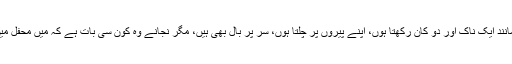
‘‘ دیکھئے میرے سر پر سینگ نہیں ہیں، میں بھی دوسروں کی مانند ایک ناک اور دو کان رکھتا ہوں، اپنے پیروں پر چلتا ہوں، سر پر بال بھی ہیں، مگر نجانے وہ کون سی بات ہے کہ میں محفل میں داخل ہوا اور گفتگو ایک شرمندہ سے لمحے کے لئے رک گئی۔